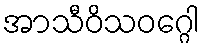
အာသီဝိသဝဂ္ဂေါ